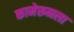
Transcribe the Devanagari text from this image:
कामेरूनला